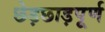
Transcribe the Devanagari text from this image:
छेड़छाड़पूर्ण